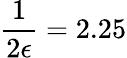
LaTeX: \frac{1}{2\epsilon}=2.25